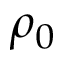
\rho _ { 0 }